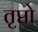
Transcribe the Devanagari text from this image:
तृप्तो